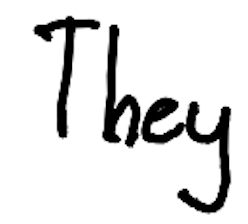
Text: They
Cross-out: clean
Writing tool: digital_black